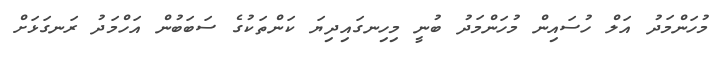
މުހަންމަދު އަލް ހުސައިން މުހަންމަދު ބުނީ މިހިނގައިދިޔަ ކަންތަކުގެ ސަބަބުން އަހްމަދު ރަނގަޅަށް